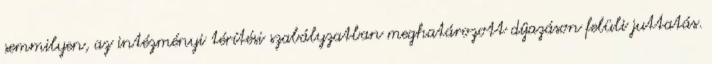
semmilyen, az intézményi térítési szabályzatban meghatározott díjazáson felüli juttatás.